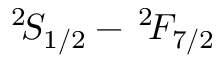
^ 2 \! S _ { 1 / 2 } - \, ^ { 2 } \! F _ { 7 / 2 }